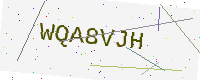
Text: WQA8VJH